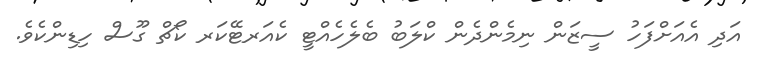
އަދި އެއަށްފަހު ސީޒަން ނިމެންދެން ކްލަބު ބެލެހެއްޓީ ކެއަރޓޭކަރ ކޯޗް ގޫސް ހިޑިންކެވެ.